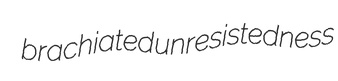
brachiated unresistedness